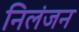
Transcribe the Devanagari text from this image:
निलंजन